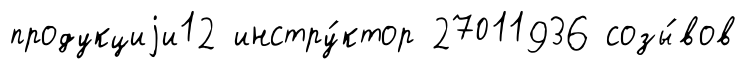
продукциjи12 инстру́ктор 27011936 созы́вов